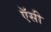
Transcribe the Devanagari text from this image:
ऍसी